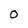
Character: O